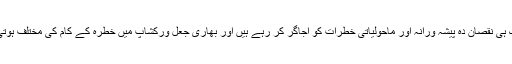
وہ ایک ہی نقصان دہ پیشہ ورانہ اور ماحولیاتی خطرات کو اجاگر کر رہے ہیں اور بھاری جعل ورکشاپ میں خطرہ کے کام کی مختلف ہوتی ہے ۔